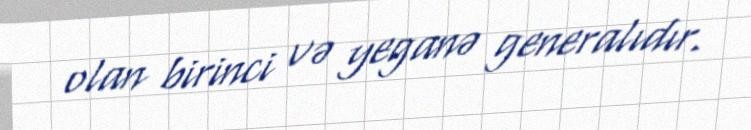
olan birinci və yeganə generalıdır.